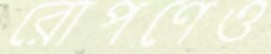
রোপণেও